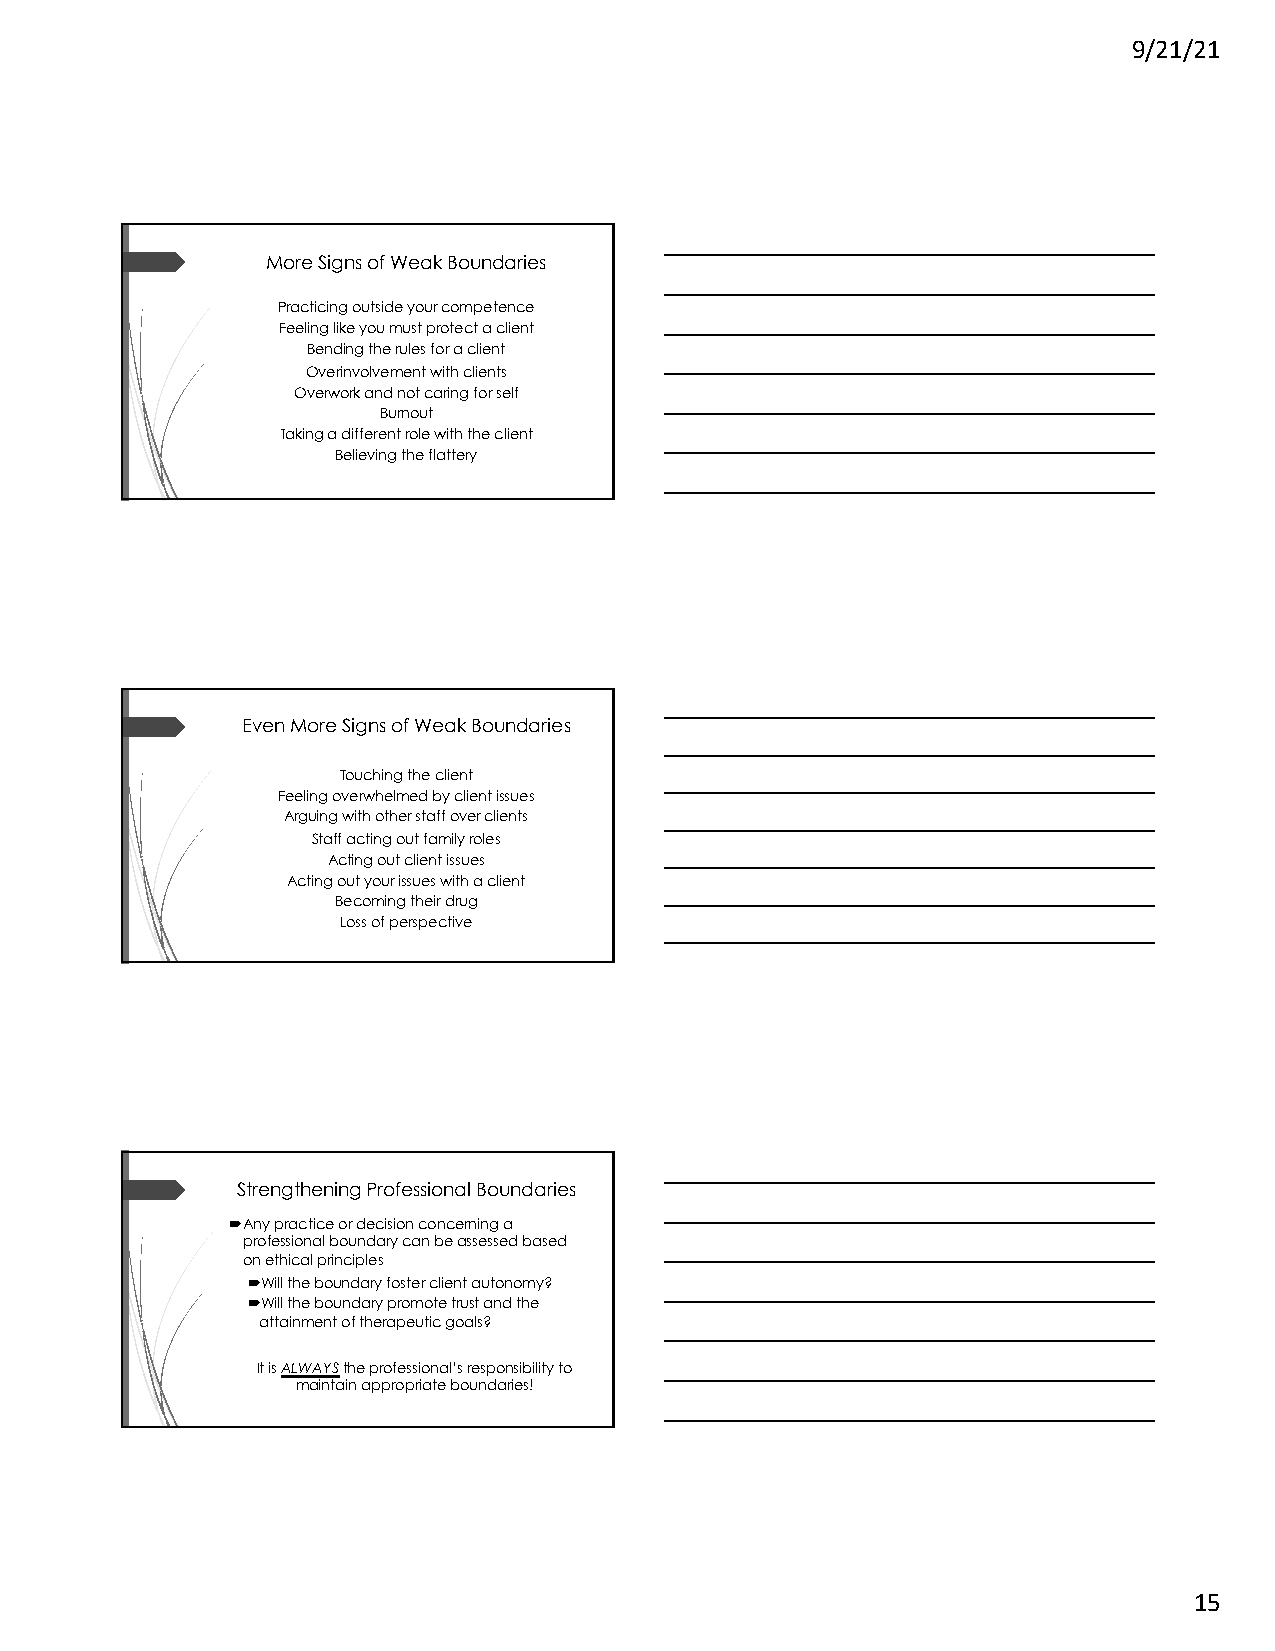
9/21/21
 More Signs of Weak Boundaries
 Practicing outside your competence
 Feeling like you must protect a client
 Bending the rules for a client
 Overinvolvementwith clients
 Overwork and not caring for self
 Burnout
 Taking a different role with the client
 Believing the flattery
 Even More Signs of Weak Boundaries
 Touching the client
 Feeling overwhelmed by client issues
 Arguing with other staff over clients
 Staff acting out family roles
 Acting out client issues
 Acting out your issues with a client
 Becoming their drug
 Loss of perspective
 Strengthening Professional Boundaries
 ´Any practice or decision concerning a
 professional boundary can be assessed based
 on ethical principles
 ´Will the boundary foster client autonomy?
 ´Will the boundary promote trust and the
 attainment of therapeutic goals?
 It is ALWAYSthe professional’s responsibility to
 maintain appropriate boundaries!
 15